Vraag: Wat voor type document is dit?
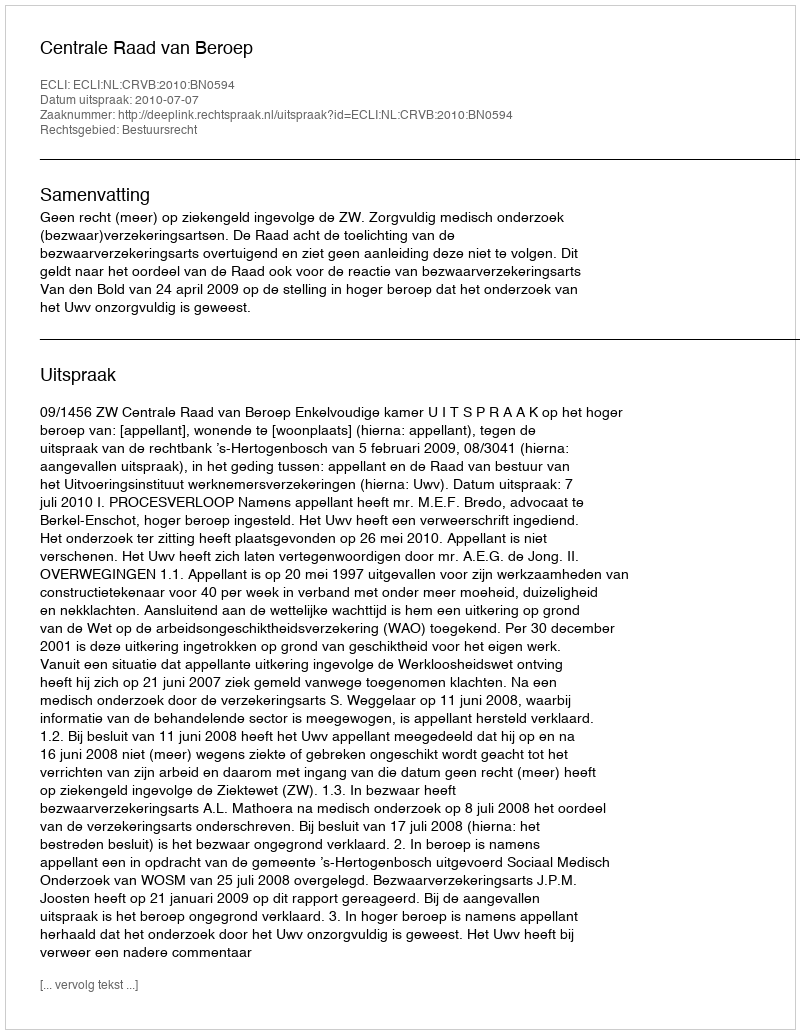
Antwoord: Uitspraak